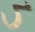
ડ